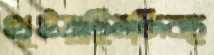
থুইয়াছিলজিবছ